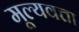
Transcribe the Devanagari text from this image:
मूल्यवत्ता